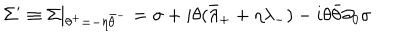
LaTeX: \Sigma ^ { \prime } \equiv \Sigma | _ { \theta ^ { + } = - \eta \bar { \theta } ^ { - } } = \sigma + i \theta ( \bar { \lambda } _ { + } + \eta \lambda _ { - } ) - i \theta \bar { \theta } \partial _ { 0 } \sigma